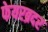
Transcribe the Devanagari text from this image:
फेयरब्रदर